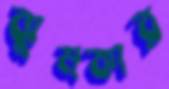
ঝুমকার